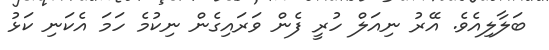
ބަލާލިއެވެ. އޭރު ނިއަލް ހުރީ ފެން ވަރައިގެން ނިކުމެ ހަމަ އެކަނި ކަޅު